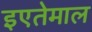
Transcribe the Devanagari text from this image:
इएतेमाल